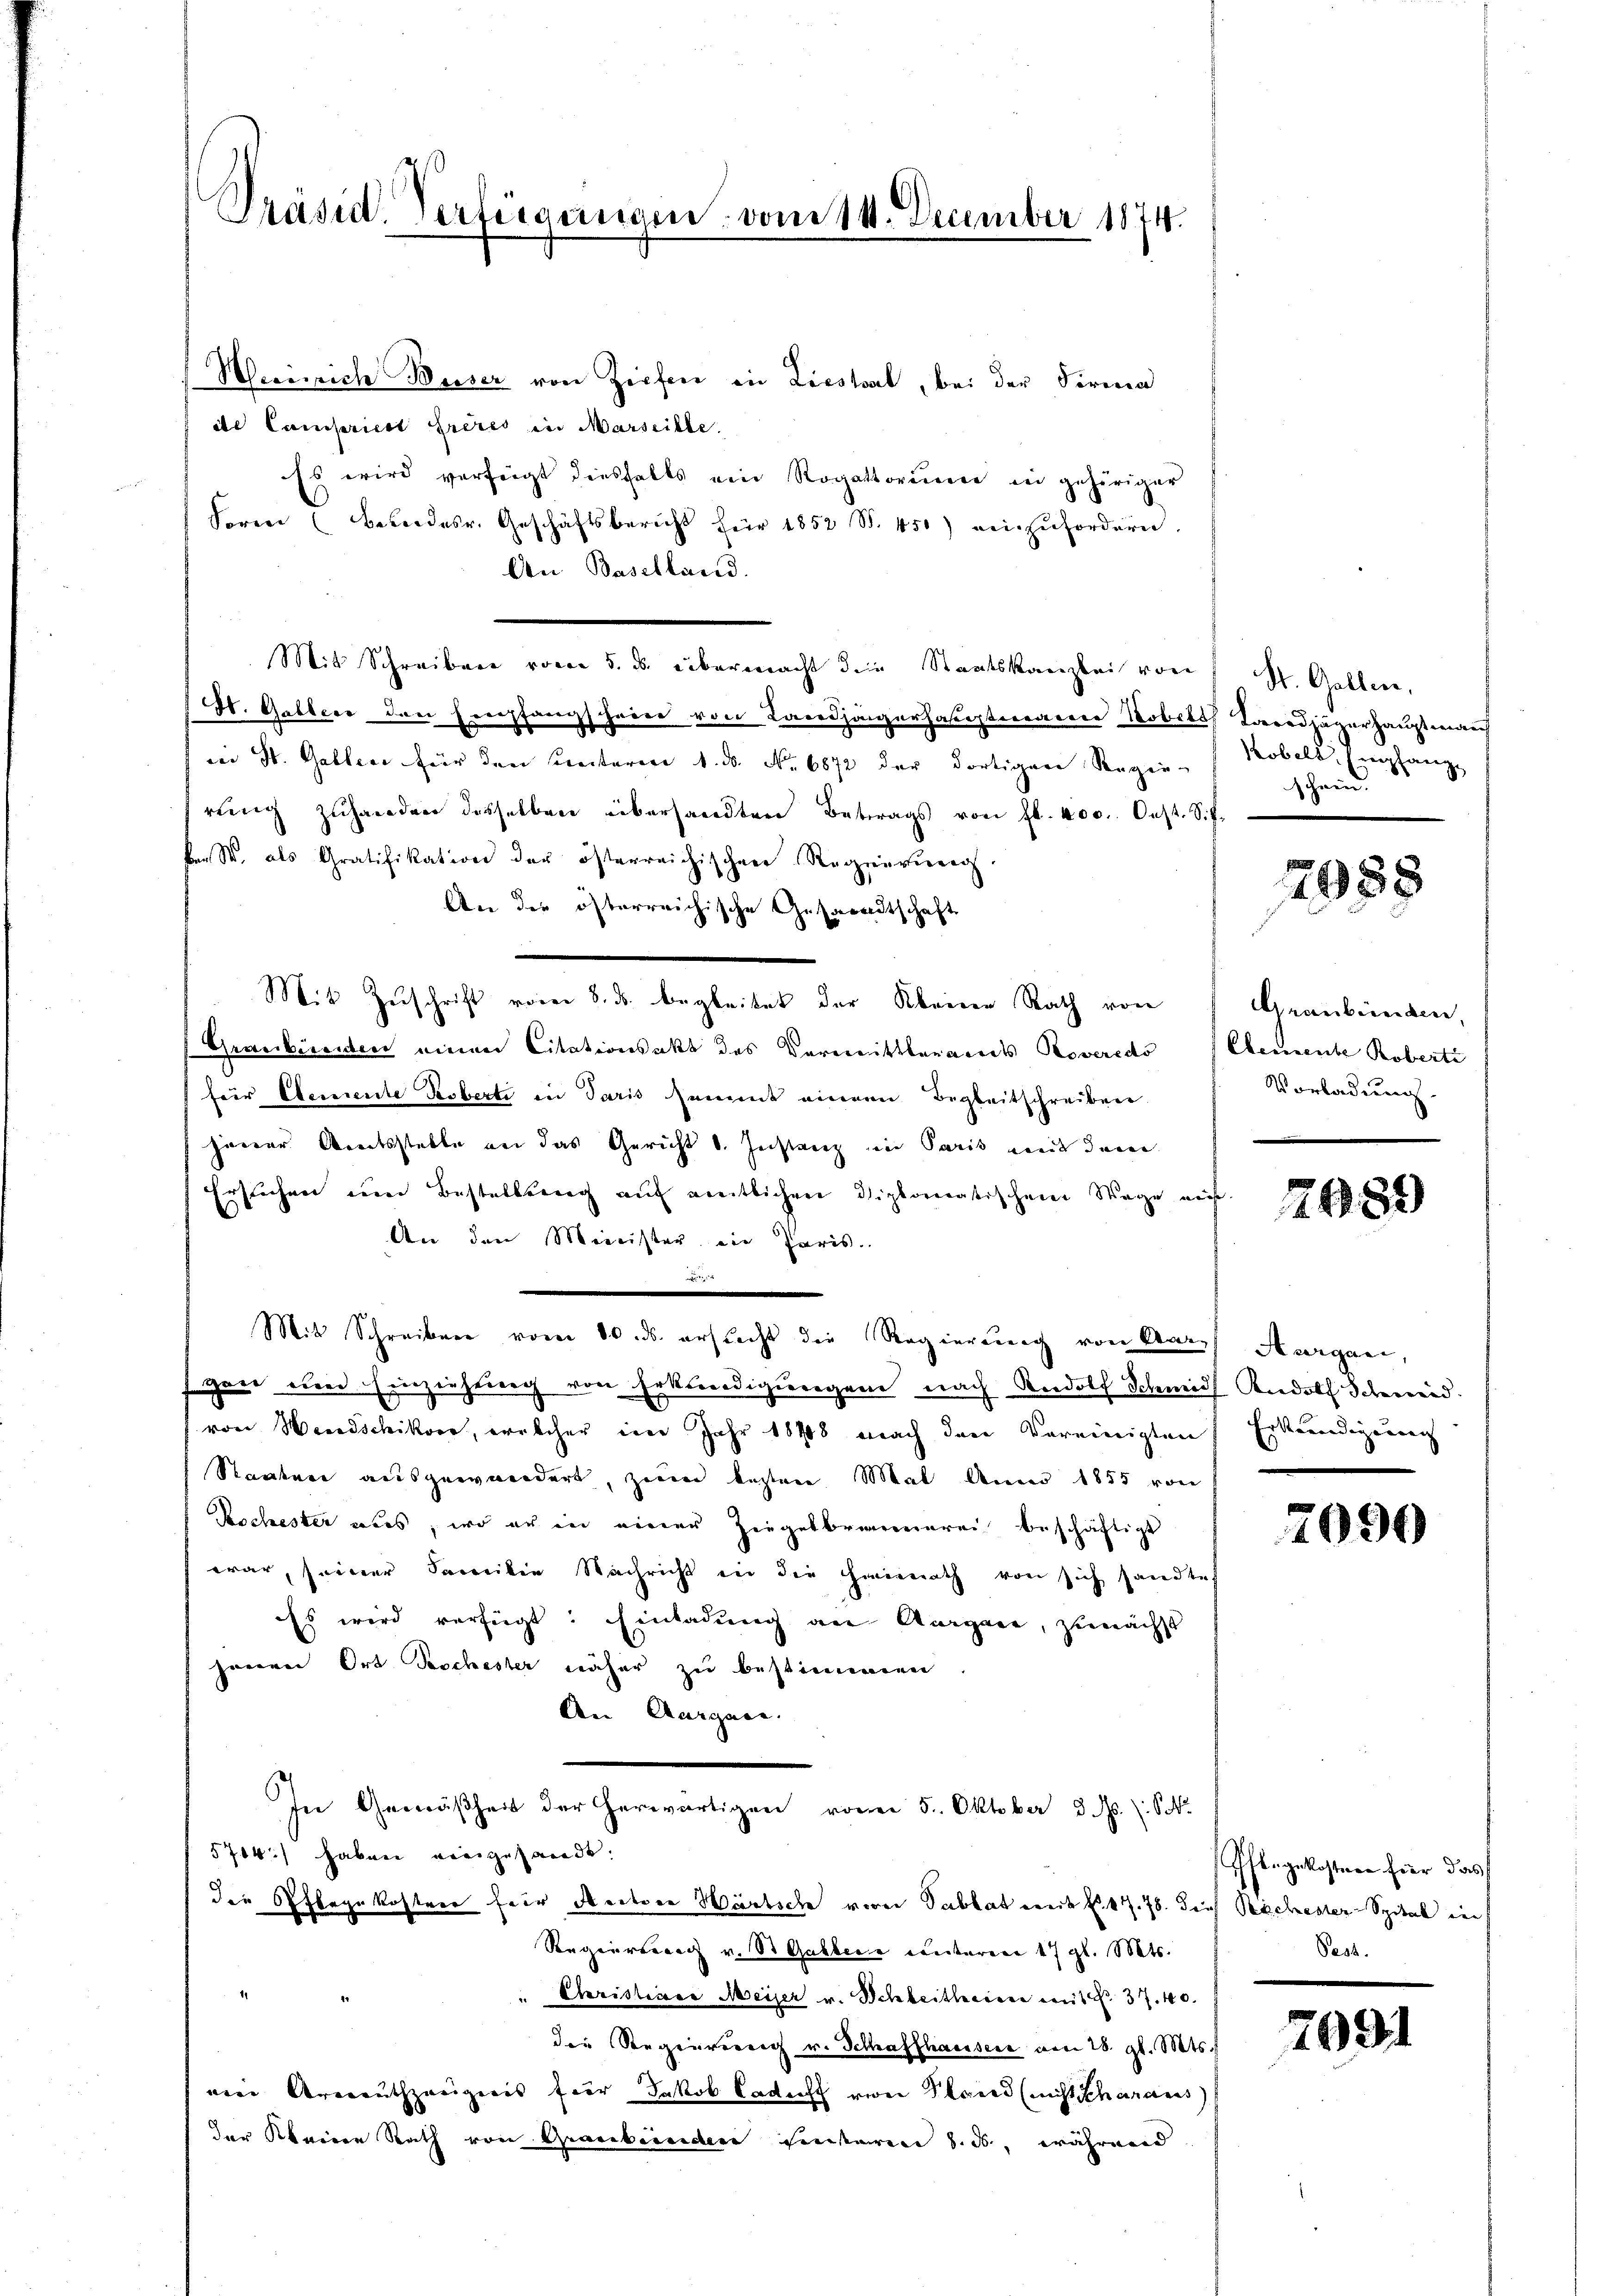
Präsid. Verfügungen: vom 14. December 1874.

Meeinrich Weiser von Zipfen in Liestal, bei der Firmen
de Campricet Frères in Marseille.
Es wird verfügt diesfalls ein Rogatoriire in gehöriger
Foren (Berndesr. Geschäftsbericht für 1852 S. 451) veizŭfordern.
An Baselland.
St. Gallers den Empfangscheine von Larodhangerhaslisterragene Nobits Corrodjägerhauptveran
wei St. Gallen für den Unterie 1. d. No. 6872 der dortiger Regie-
rŭng zŭhanden desselben übersandten Betrags von fl. 400. Oest. Sch.
ker S. als Gratifikation der österreichischen Regierung.
An der österreichische Gesandtschaft
Mit Zuschrift vom 8. ds. begleitet der Kleinen Rath von
Graubirenden einen Citationsakt des Vormittbauamts Roveredo
für Elemente Roberte in Paris sammt einem Begleitschreiben
jener Amtsstelle an das Gericht b. Instanz in Paris mit den
Ersuchen um Bestellung auf eintlichen Diplomatischen Wege aus.
An den Minister ein Paris.

Mit Schreiben vom 10. ds. erstecht die Regierung von Aare Kurgani,
gen und Einziehung von Erkundigungen nach Rudolf Schmid Rudolf Schweid.
von Wandschiker, welcher im Jahr 1898 nach den Vereinigten Erkundigung
Staaten ausgewandert, zum besten Mal denen 1855 von
Kochester aus, wo er in einer Ziegelbrunnerei beschäftigt
war, seiner Familie Nachricht in die Heimath von sich sandtes
Es wird verfügt: Einladung an Aargare, zunächst
jenen Ort Poschester näher zu bestimmen.
An Aargare.
In Gemäßheit der herwärtigen von 5. Oktober 3. d. S.
5704) haben vorgesandt.
die Pflegekostern für Seiter Wartsche von Tablat mit 17. 78. dies Rachester-Spital in
Regierung v. St. Gallene unteren 17 gl. Mts.
Christiner Meiser v. Schleitheine mit No. 37. 40.
die Regenverei v. Schaffhaussere vom 28. gl. Mts.
were Ururauthzweigeres für Jakob Cadet zwei Plane (nicht scharaces
der Kleinen Rath von Graubernden Einstarren 8. ds. während

Mit Schreiben vom 5. u. übermacht die Staatskanzlei von St. Gallen,

Kobels Empfang
) Hein.

7988

Graubünden,
Cemente Roberti
Vorladung.

2689)

7090

Pflegekostern hier das
Pest.

7091